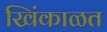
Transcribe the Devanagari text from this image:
खिंकाळत